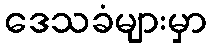
ဒေသခံများမှာ